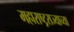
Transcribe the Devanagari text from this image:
महाराष्ट्रराज्याच्या